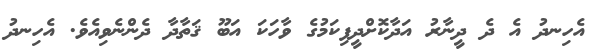
އެހިނދު އެ ދެ ދީނާރު އަދާކޮށްދީފިކަމުގެ ވާހަކަ އަބޫ ޤަތާދާ ދެންނެވިއެވެ. އެހިނދު